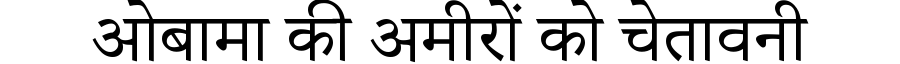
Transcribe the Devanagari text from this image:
ओबामा की अमीरों को चेतावनी